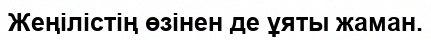
Жеңілістің өзінен де ұяты жаман.